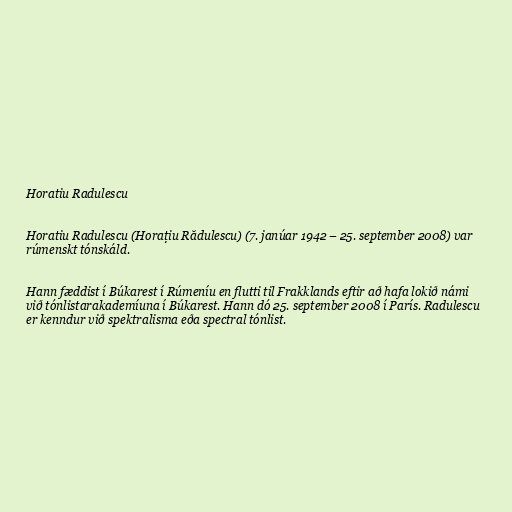
Horatiu Radulescu

Horatiu Radulescu (Horațiu Rădulescu) (7. janúar 1942 – 25. september 2008) var
rúmenskt tónskáld.

Hann fæddist í Búkarest í Rúmeníu en flutti til Frakklands eftir að hafa lokið námi
við tónlistarakademíuna í Búkarest. Hann dó 25. september 2008 í París. Radulescu
er kenndur við spektralisma eða spectral tónlist.